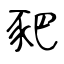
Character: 豝